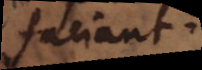
faciant.